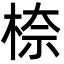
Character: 㮈